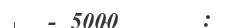
- 5000      :